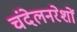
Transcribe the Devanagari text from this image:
चंदेलनरेशों